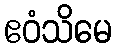
ဧဝံသိမေ